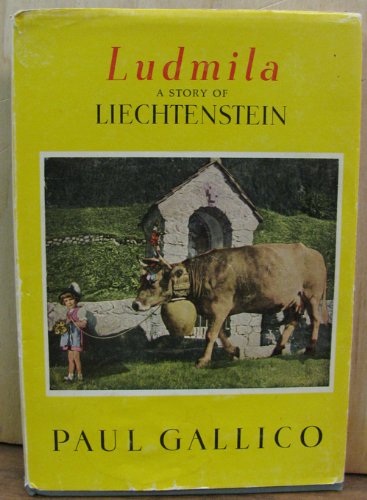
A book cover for Ludmila A Story of Liechtenstein; Paul Gallico; Travel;